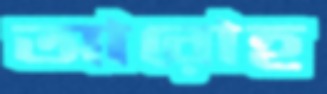
আরোহ